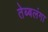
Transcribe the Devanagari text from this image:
तेब्बलंगा